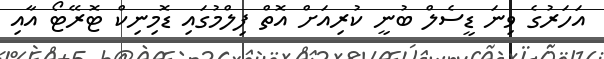
އަހަރުގެ ވިނަ ޑީސެލް ބުނީ ކުރިއަށް އޮތް ފިލްމުގައި ޑޮމިނިކް ޓޮރޭޓޯ އާއި